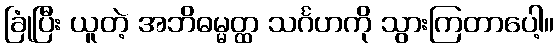
ခြုံပြီး ယူတဲ့ အဘိဓမ္မတ္ထ သင်္ဂဟကို သွားကြတာပေါ့။